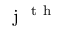
\mathrm { ~ j ~ } ^ { \mathrm { ~ t ~ h ~ } }